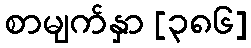
စာမျက်နှာ [၃၈၆]